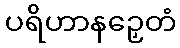
ပရိဟာနဉှေတံ